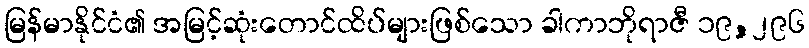
မြန်မာနိုင်ငံ၏ အမြင့်ဆုံးတောင်ထိပ်များဖြစ်သော ခါကာဘိုရာဇီ ၁၉,၂၉၆